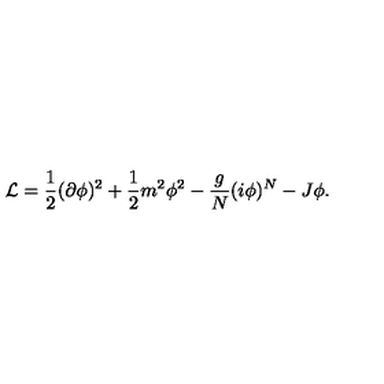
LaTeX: { \cal L } = { \frac { 1 } { 2 } } ( \partial \phi ) ^ { 2 } + { \frac { 1 } { 2 } } m ^ { 2 } \phi ^ { 2 } - { \frac { g } { N } } ( i \phi ) ^ { N } - J \phi .